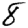
Digit: 8